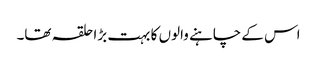
اس کے چاہنے والوں کا بہت بڑا حلقہ تھا۔